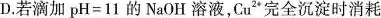
D.若滴加$$pH = 1 1$$的NaOH溶液，Cu^{2+}完全沉淀时消耗